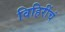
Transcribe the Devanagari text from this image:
विहिरींचं